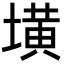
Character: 墴